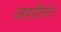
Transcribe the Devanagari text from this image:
ज़हरीले।